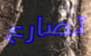
تصارع